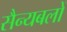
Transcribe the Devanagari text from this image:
सैन्यबलों